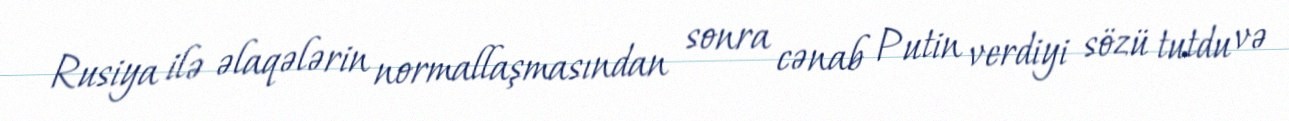
Rusiya ilə əlaqələrin normallaşmasından sonra cənab Putin verdiyi sözü tutdu və